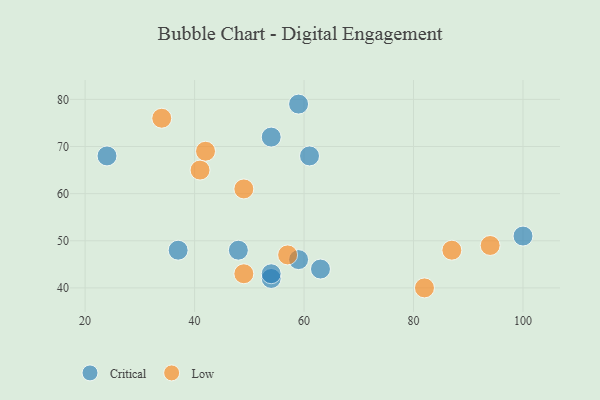
{"axis": {"x": "GDP", "y": "Life Expectancy"}, "legend": ["Critical", "Low"], "data": [{"x": "100", "y": 51, "type": "Critical"}, {"x": "37", "y": 48, "type": "Critical"}, {"x": "24", "y": 68, "type": "Critical"}, {"x": "54", "y": 42, "type": "Critical"}, {"x": "59", "y": 79, "type": "Critical"}, {"x": "61", "y": 68, "type": "Critical"}, {"x": "59", "y": 46, "type": "Critical"}, {"x": "48", "y": 48, "type": "Critical"}, {"x": "63", "y": 44, "type": "Critical"}, {"x": "54", "y": 43, "type": "Critical"}, {"x": "54", "y": 72, "type": "Critical"}, {"x": "34", "y": 76, "type": "Low"}, {"x": "41", "y": 65, "type": "Low"}, {"x": "87", "y": 48, "type": "Low"}, {"x": "82", "y": 40, "type": "Low"}, {"x": "49", "y": 61, "type": "Low"}, {"x": "42", "y": 69, "type": "Low"}, {"x": "49", "y": 43, "type": "Low"}, {"x": "94", "y": 49, "type": "Low"}, {"x": "57", "y": 47, "type": "Low"}]}